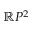
\mathbb { R } P ^ { 2 }